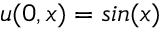
u ( 0 , x ) = s i n ( x )